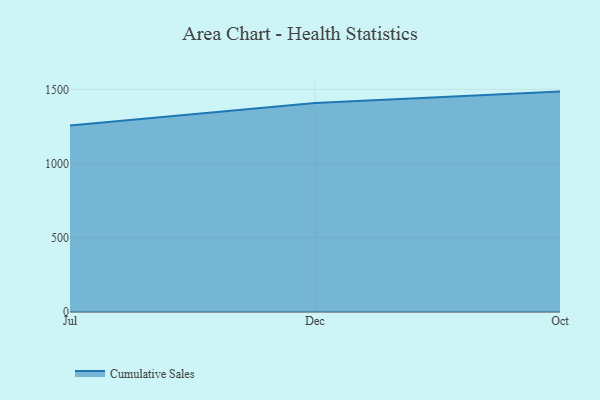
{"axis": {"x": "Month", "y": "Waste Production (Tons)"}, "legend": ["Cumulative Sales"], "data": [{"x": "Jul", "y": 1257.1, "type": "Cumulative Sales"}, {"x": "Dec", "y": 1408.3, "type": "Cumulative Sales"}, {"x": "Oct", "y": 1485.1, "type": "Cumulative Sales"}]}